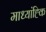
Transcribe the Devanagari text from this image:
माध्यांह्कि